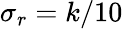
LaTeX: \sigma_{r}=k/10